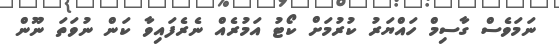
ނަމަވެސް ގާސިމް ހައްޔަރު ކުރުމަށް ކޯޓު އަމުރެއް ނެރެފައިވާ ކަން ނުވަތަ ނޫން